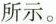
所示。